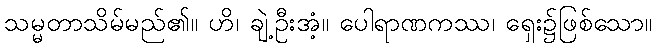
သမ္မတာသိမ်မည်၏။ ဟိ၊ ချဲ့ဦးအံ့။ ပေါရာဏကဿ၊ ရှေး၌ဖြစ်သော။